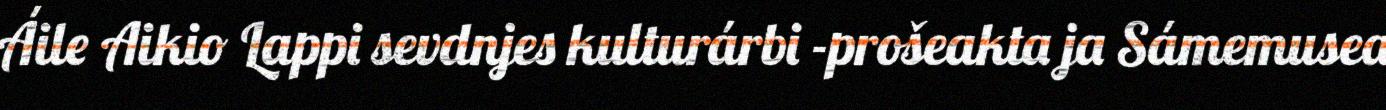
Áile Aikio Lappi sevdnjes kulturárbi -prošeakta ja Sámemusea